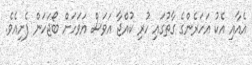
އެއާއި އެކު އަހަރެންގެ ގާތުގައި ހުރި ކުއްޖާ އަވަސް އަވަހަށް ބޯޖަހަން ފެށިއެވެ.